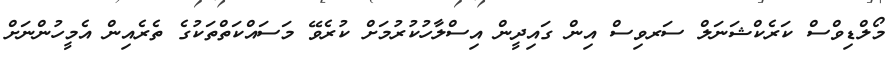
މޯލްޑިވްސް ކަރެކްޝަނަލް ސަރވިސް އިން ގައިދީން އިސްލާހުކުރުމަށް ކުރެވޭ މަސައްކަތްތަކުގެ ތެރެއިން އެމީހުންނަށް